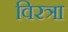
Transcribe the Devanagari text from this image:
विरत्रा